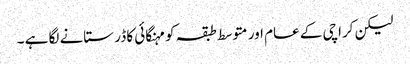
لیکن کراچی کے عام اور متوسط طبقہ کو مہنگائی کا ڈر ستانے لگا ہے ۔